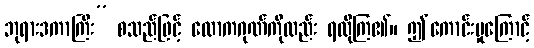
ဘုရားဒကာကြီး” စသည်ဖြင့် လောကဂုဏ်ကိုလည်း ရလိုကြ၏။ ဤကောင်းမှုကြောင့်